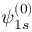
\psi _ { 1 s } ^ { ( 0 ) }